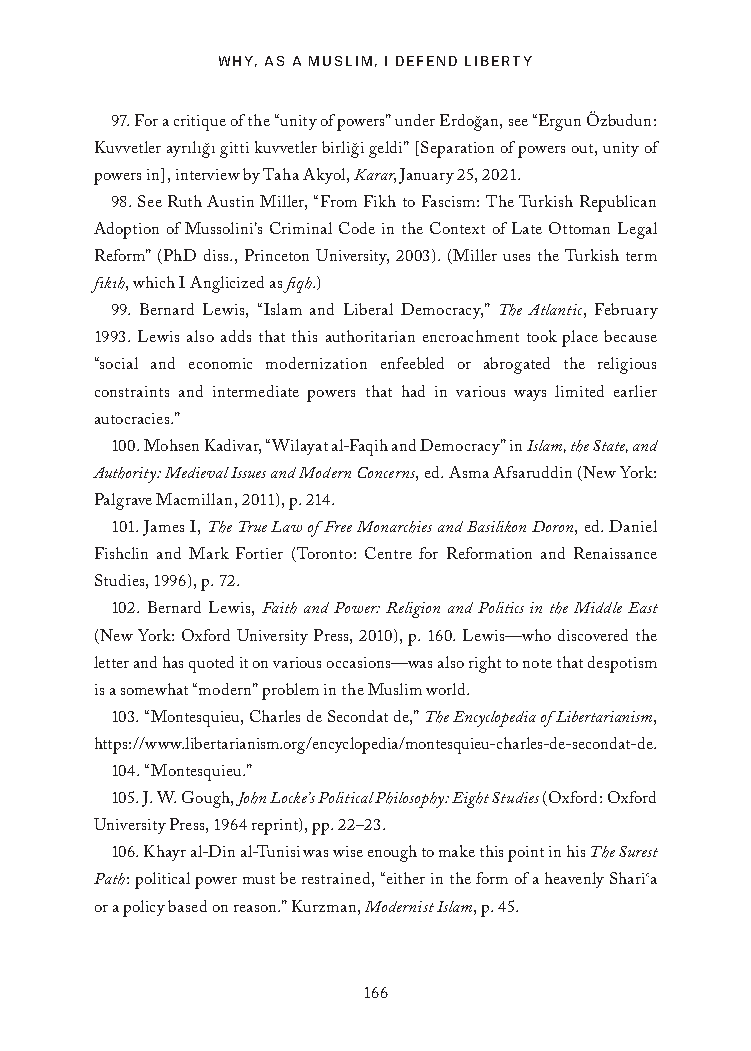
WHY, AS A MUSLIM, I DEFEND LIBERTY
 97. For a critique of the “unity of powers” under Erdog˘an, see “Ergun Özbudun:
 Kuvvetler ayrılıg˘ı gitti kuvvetler birlig˘i geldi” [Separation of powers out, unity of
 powers in], interview by Taha Akyol, Karar, January 25, 2021.
 98. See Ruth Austin Miller, “From Fikh to Fascism: The Turkish Republican
 Adoption of Mussolini’s Criminal Code in the Context of Late Ottoman Legal
 Reform” (PhD diss., Princeton University, 2003). (Miller uses the Turkish term
 fıkıh, which I Anglicized as fiqh.)
 99. Bernard Lewis, “Islam and Liberal Democracy,” The Atlantic, February
 1993. Lewis also adds that this authoritarian encroachment took place because
 “social and economic modernization enfeebled or abrogated the religious
 constraints and intermediate powers that had in various ways limited earlier
 autocracies.”
 100. Mohsen Kadivar, “Wilayat al-Faqih and Democracy” in Islam, the State, and
 Authority: Medieval Issues and Modern Concerns, ed. Asma Afsaruddin (New York:
 Palgrave Macmillan, 2011), p. 214.
 101. James I, The True Law of Free Monarchies and Basilikon Doron, ed. Daniel
 Fishclin and Mark Fortier (Toronto: Centre for Reformation and Renaissance
 Studies, 1996), p. 72.
 102. Bernard Lewis, Faith and Power: Religion and Politics in the Middle East
 (New York: Oxford University Press, 2010), p. 160. Lewis—who discovered the
 letter and has quoted it on various occasions—was also right to note that despotism
 is a somewhat “modern” problem in the Muslim world.
 103. “Montesquieu, Charles de Secondat de,” The Encyclopedia of Libertarianism,
 https://www.libertarianism.org/encyclopedia/montesquieu-charles-de-secondat-de.
 104. “Montesquieu.”
 105. J. W. Gough, John Locke’s Political Philosophy: Eight Studies (Oxford: Oxford
 University Press, 1964 reprint), pp. 22–23.
 106. Khayr al-Din al-Tunisi was wise enough to make this point in his The Surest
 Path: political power must be restrained, “either in the form of a heavenly Shari‛a
 or a policy based on reason.” Kurzman, Modernist Islam, p. 45.
 166
 25320_Ch12_Notes.indd 166              24/06/2021 10:34 AM